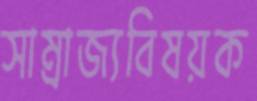
সাম্রাজ্যবিষয়ক